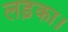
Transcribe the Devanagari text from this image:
लड़का।